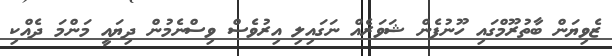
ޒެވިޔަން ބާތުރޫމްގައި ހޫނުފެން ޝަވަރެއް ނަގައިލި އިރުވެސް ވިސްނެމުން ދިޔައީ މަންމަ ދެއްކި